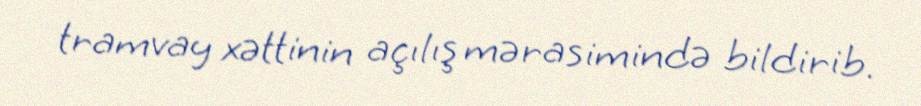
tramvay xəttinin açılış mərasimində bildirib.